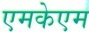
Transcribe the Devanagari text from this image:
एमकेएम